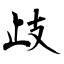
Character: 歧